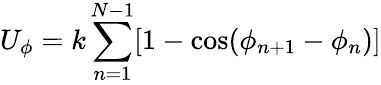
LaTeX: U_{\phi}=k\sum_{n=1}^{N-1}[1-\cos(\phi_{n+1}-\phi_{n})]